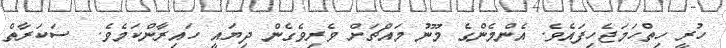
ހުރީ ހިތްހަމަޖެހިފައެވެ. އެންމެންގެ މޫނު މައްޗަށް ވެރިވެގެން ދިޔައީ ހައިރާންކަމެވެ.  ސަކަރާތް